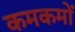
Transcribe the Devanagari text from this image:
कमकमों